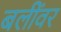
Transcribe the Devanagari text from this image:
बलींवर